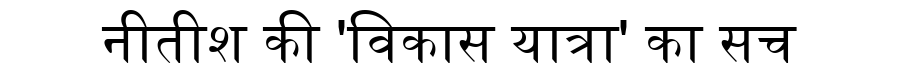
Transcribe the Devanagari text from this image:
नीतीश की 'विकास यात्रा' का सच